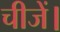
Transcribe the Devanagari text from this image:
चीजें।